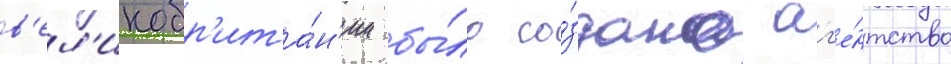
в'ел'икобр'ита́н'ии бы́ло со́здано аг'е́нтство